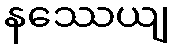
နဿေယျ